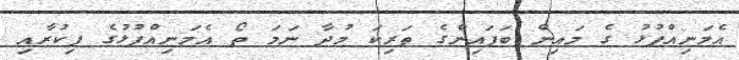
އެމަނިއްޕުޅު ގެ މައިން ބަފައިންގެ ތަރިކަ މުދާ ނަމަ ތޯ އެމަނިއްޕުޅުގެ ފިކުރާއި